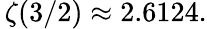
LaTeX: \, \zeta(3/2)\approx 2.6124.